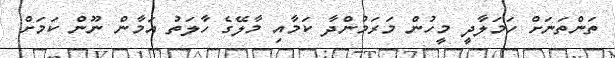
ތަންތަނަށް ހަމަލާދީ މީހުން މަރަމުންދާ ކަމާއި މާލޭގެ ހާލަތު އަމާން ނޫން ކަމަށް